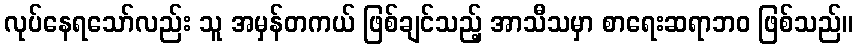
လုပ်နေရသော်လည်း သူ အမှန်တကယ် ဖြစ်ချင်သည့် အာသီသမှာ စာရေးဆရာဘဝ ဖြစ်သည်။